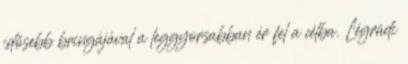
idősebb bringájával a leggyorsabban ér fel a célba. Légrádi